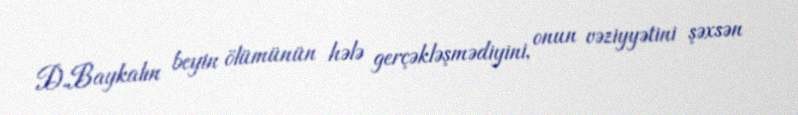
D.Baykalın beyin ölümünün hələ gerçəkləşmədiyini, onun vəziyyətini şəxsən